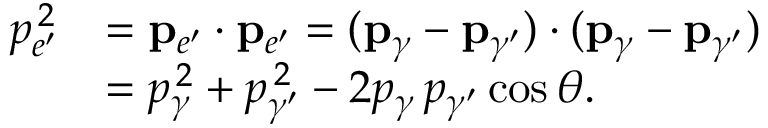
{ \begin{array} { r l } { p _ { e ^ { \prime } } ^ { \, 2 } } & { = \mathbf { p } _ { e ^ { \prime } } \cdot \mathbf { p } _ { e ^ { \prime } } = ( \mathbf { p } _ { \gamma } - \mathbf { p } _ { \gamma ^ { \prime } } ) \cdot ( \mathbf { p } _ { \gamma } - \mathbf { p } _ { \gamma ^ { \prime } } ) } \\ & { = p _ { \gamma } ^ { \, 2 } + p _ { \gamma ^ { \prime } } ^ { \, 2 } - 2 p _ { \gamma } \, p _ { \gamma ^ { \prime } } \cos \theta . } \end{array} }